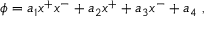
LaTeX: \phi = a _ { 1 } x ^ { + } x ^ { - } + a _ { 2 } x ^ { + } + a _ { 3 } x ^ { - } + a _ { 4 } \ ,